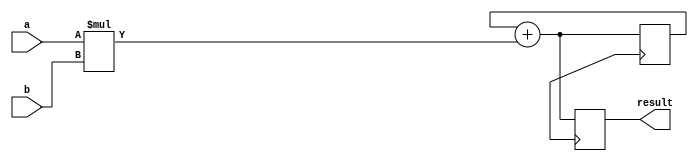
module Carry_Save_Multiplier (
    input signed [15:0] a,
    input signed [15:0] b,
    output reg signed [31:0] result
    );

reg signed [31:0] partial_product;
reg signed [31:0] accumulated_result;

initial begin
    partial_product = 0;
    accumulated_result = 0;
end

always @(posedge clk) begin
    // Partial products calculation
    partial_product = a * b;
    
    // Accumulation of results
    accumulated_result = accumulated_result + partial_product;
    
    result = accumulated_result;
end

endmodule